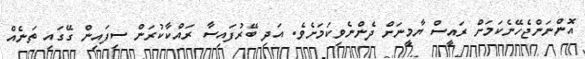
އޮންނަންޖެހޭނެކަމަށް ރައީސް ޔާމީނަށް ދެންނެވިކަމަށެވެ. އަދި ބޭރުފައިސާ ރައްކާކުރަން ސިފައިން ގޭގައި ތަނެއް